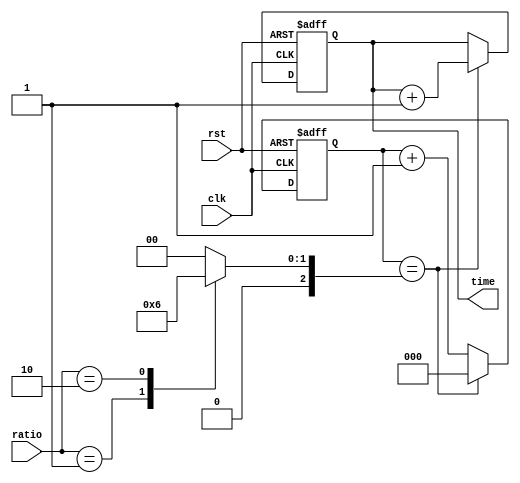
module binary_clock_divider (
    input wire clk,         // Input clock signal
    input wire rst,         // Reset signal
    input wire [2:0] ratio, // Input settings for division ratio
    output reg [2:0] time   // Output binary representation of time
);

reg [2:0] counter; // Counter to keep track of division ratio
reg [2:0] next_counter; // Next counter value based on division ratio

always @ (posedge clk or posedge rst) begin
    if (rst) begin
        counter <= 3'b000; // Reset counter to 0
        time <= 3'b000;    // Reset time to 0
    end else begin
        case (ratio)
            3'b000: next_counter = 3'b000; // Divide by 2
            3'b001: next_counter = 3'b001; // Divide by 4
            3'b010: next_counter = 3'b010; // Divide by 8
            // Add more division ratios as needed
            default: next_counter = 3'b000;
        endcase

        if (counter == next_counter) begin
            counter <= 3'b000; // Reset counter
            time <= time + 1;  // Increment time
        end else begin
            counter <= counter + 1; // Increment counter
        end
    end
end

endmodule